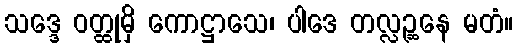
သဒ္ဒေ ဝတ္ထုမှိ ကောဋ္ဌာသေ၊ ပါဒေ တလ္လဉ္ဆနေ မတံ။